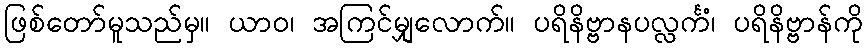
ဖြစ်တော်မူသည်မှ။ ယာဝ၊ အကြင်မျှလောက်။ ပရိနိဗ္ဗာနပလ္လင်္ကံ၊ ပရိနိဗ္ဗာန်ကို